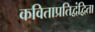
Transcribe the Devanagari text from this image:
कविताप्रतिद्वंद्विता